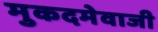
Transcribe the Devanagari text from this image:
मुकदमेवाजी